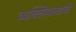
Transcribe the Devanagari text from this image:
व्यक्तिमत्त्वांचे